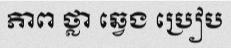
ភាព ថ្លា ឆ្វេង ប្រៀប